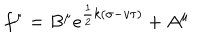
f ^ { \mu } = B ^ { \mu } e ^ { \frac { 1 } { 2 } k ( \sigma - v \tau ) } + A ^ { \mu }